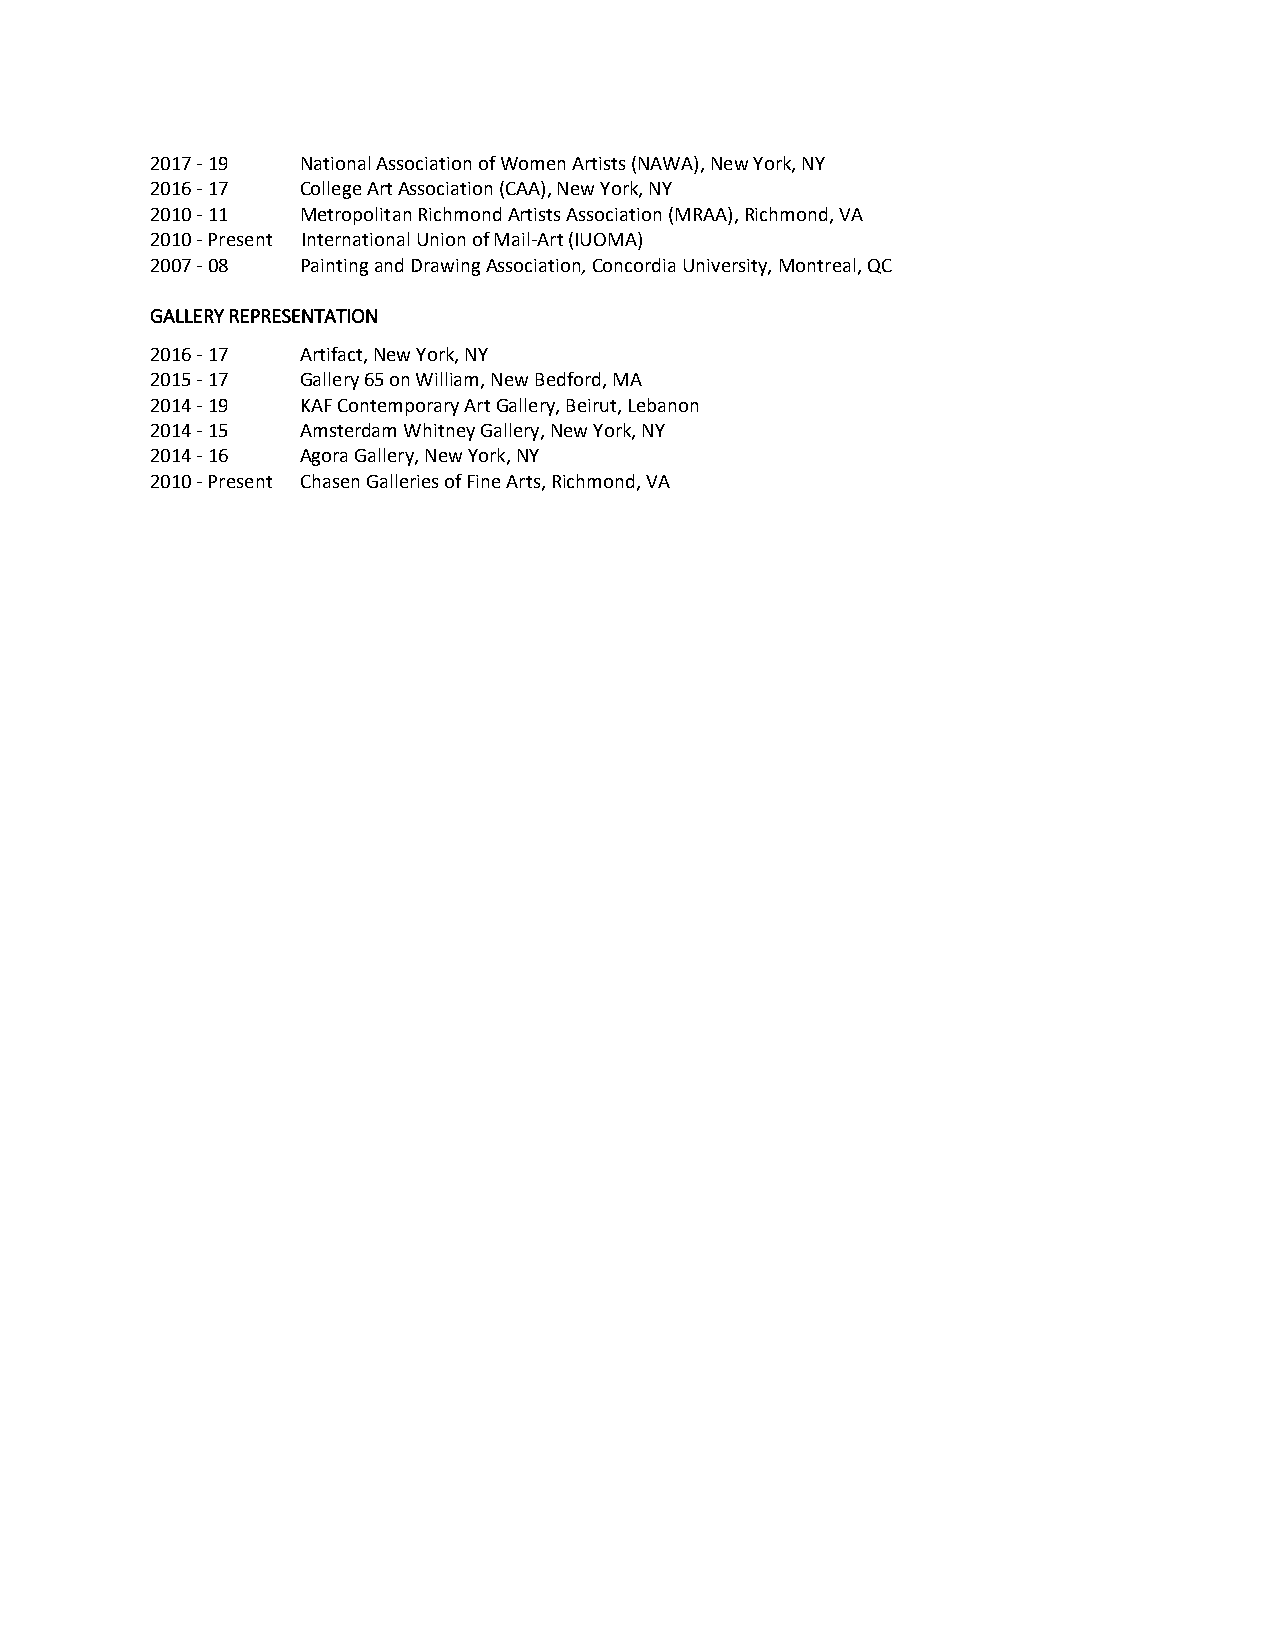
2017 - 19 National Association of Women Artists (NAWA), New York, NY
 2016 - 17 College Art Association (CAA), New York, NY
 2010 - 11 Metropolitan Richmond Artists Association (MRAA), Richmond, VA
 2010 - Present International Union of Mail-Art (IUOMA)
 2007 - 08 Painting and Drawing Association, Concordia University, Montreal, QC
 GALLERY REPRESENTATION
 2016 - 17 Artifact, New York, NY
 2015 - 17 Gallery 65 on William, New Bedford, MA
 2014 - 19 KAF Contemporary Art Gallery, Beirut, Lebanon
 2014 - 15 Amsterdam Whitney Gallery, New York, NY
 2014 - 16 Agora Gallery, New York, NY
 2010 - Present Chasen Galleries of Fine Arts, Richmond, VA